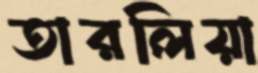
তারলিয়া